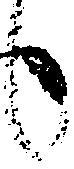
候